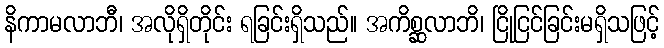
နိကာမလာဘီ၊ အလိုရှိတိုင်း ရခြင်းရှိသည်။ အကိစ္ဆလာဘိ၊ ငြိုငြင်ခြင်းမရှိသဖြင့်